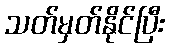
သတ်မှတ်နိုင်ပြီး